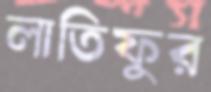
লাতিফুর